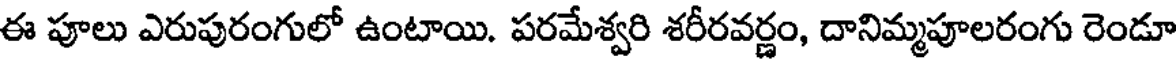
ఈ పూలు ఎరుపురంగులో ఉంటాయి. పరమేశ్వరి శరీరవర్ణం, దానిమ్మపూలరంగు రెండూ